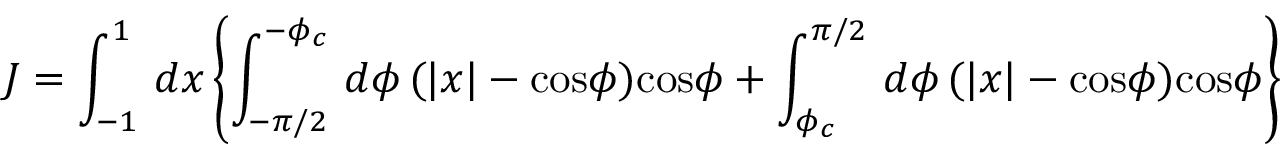
J = \int _ { - 1 } ^ { 1 } \, d x \left\{ \int _ { - \pi / 2 } ^ { - \phi _ { c } } \, d \phi \, ( | x | - \mathrm { c o s } \phi ) \mathrm { c o s } \phi + \int _ { \phi _ { c } } ^ { \pi / 2 } \, d \phi \, ( | x | - \mathrm { c o s } \phi ) \mathrm { c o s } \phi \right\}